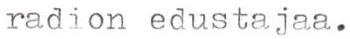
radion edustajaa.